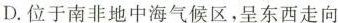
D.位于南非地中海气候区，呈东西走向